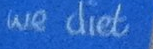
we diet